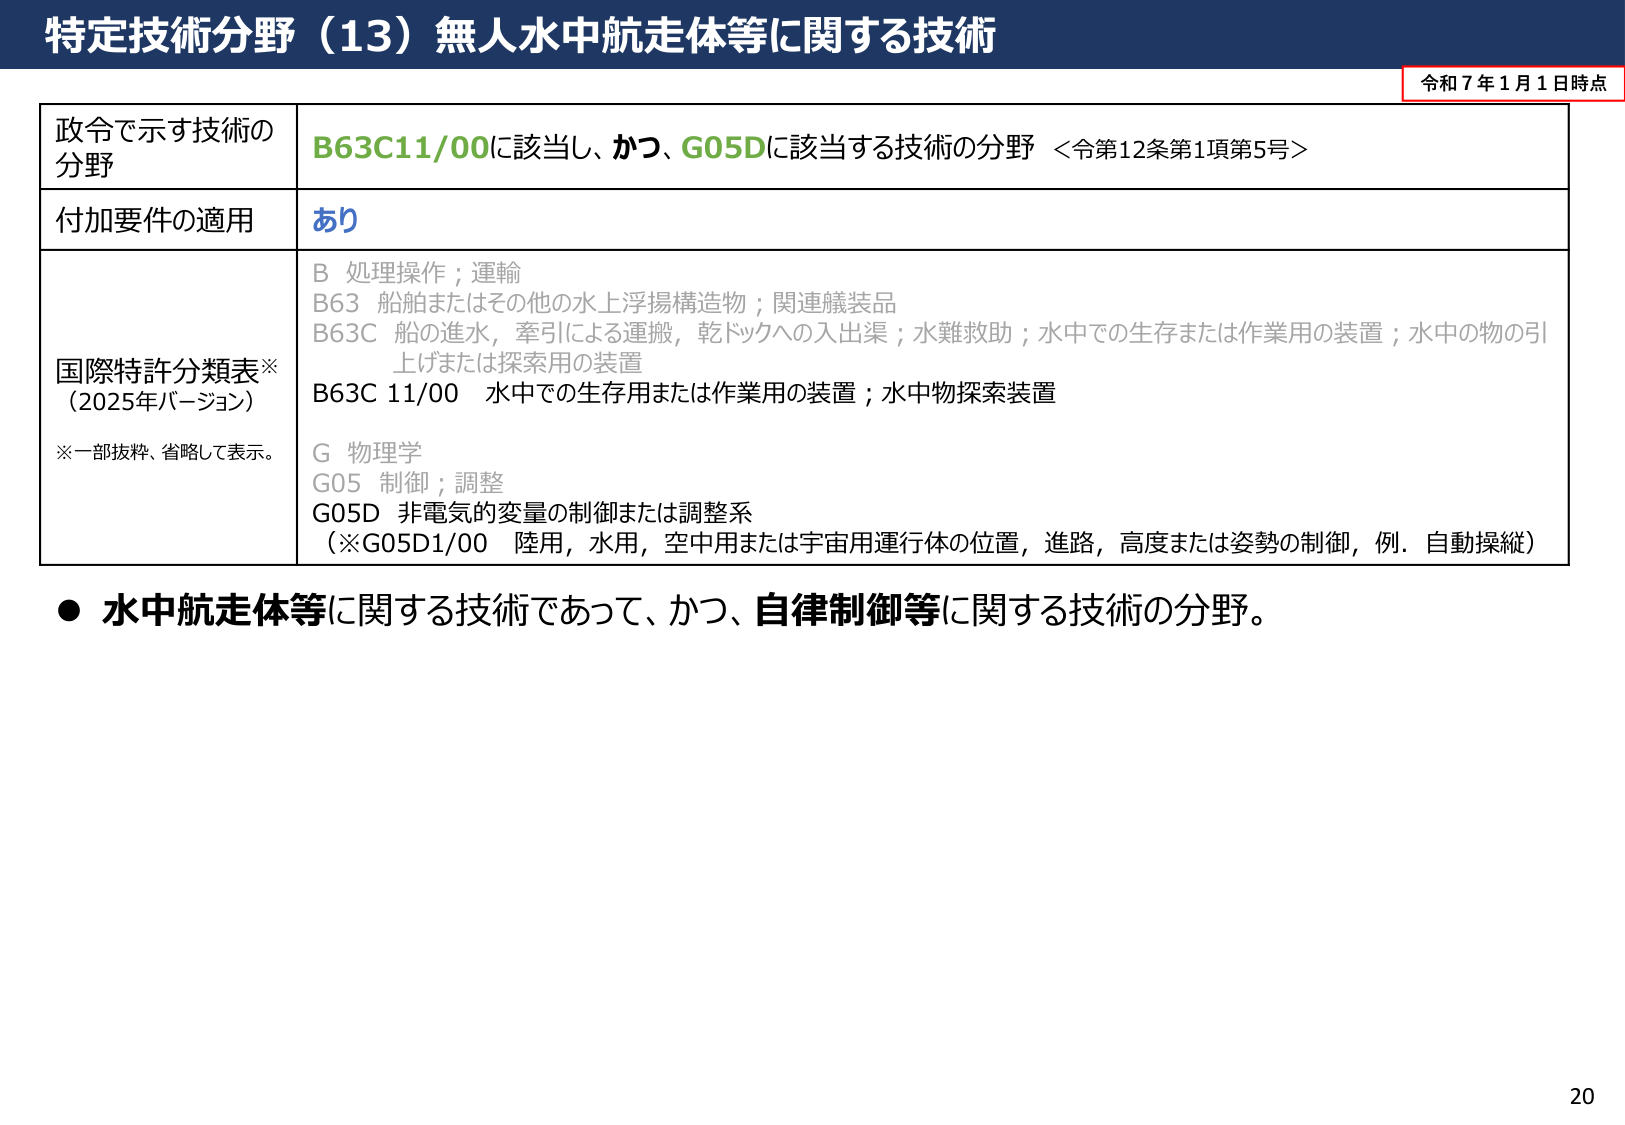
特定技術分野（13）無人水中航走体等に関する技術

令和７年１月１日時点

政令で示す技術の分野
B63C11/00に該当し、かつ、G05Dに該当する技術の分野 ＜令第12条第1項第5号＞

付加要件の適用
あり

国際特許分類表※
（2025年バージョン）
※一部抜粋、省略して表示。
B 処理操作；運輸
B63 船舶またはその他の水上浮揚構造物；関連議装品
B63C 船の進水，牽引による運搬，乾ドックへの入出渠；水難救助；水中での生存または作業用の装置；水中の物の引上げまたは探索用の装置
B63C 11/00 水中での生存用または作業用の装置；水中物探索装置
G 物理学
G05 制御；調整
G05D 非電気的変量の制御または調整系
（※G05D1/00 陸用，水用，空中用または宇宙用運行体の位置，進路，高度または姿勢の制御，例．自動操縦）

● 水中航走体等に関する技術であって、かつ、自律制御等に関する技術の分野。

20